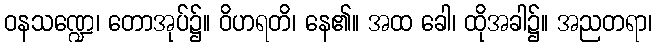
ဝနသဏ္ဍေ၊ တောအုပ်၌။ ဝိဟရတိ၊ နေ၏။ အထ ခေါ၊ ထိုအခါ၌။ အညတရာ၊